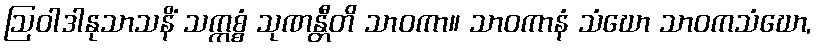
ဩဝါဒါနုသာသနိံ သက္ကစ္စံ သုဏန္တီတိ သာဝကာ။ သာဝကာနံ သံဃော သာဝကသံဃော,